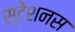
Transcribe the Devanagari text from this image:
स्टेशनस